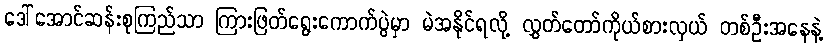
ဒေါ်အောင်ဆန်းစုကြည်သာ ကြားဖြတ်ရွေးကောက်ပွဲမှာ မဲအနိုင်ရလို့ လွှတ်တော်ကိုယ်စားလှယ် တစ်ဦးအနေနဲ့